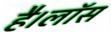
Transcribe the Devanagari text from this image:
है।लॉस